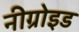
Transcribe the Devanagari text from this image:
नीग्रोइड